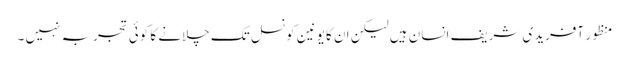
منظور آفریدی شریف انسان ہیں لیکن ان کا یونین کونسل تک چلانے کا کوئی تجربہ نہیں ۔